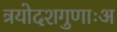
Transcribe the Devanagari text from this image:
त्रयोदशगुणाःअ